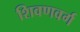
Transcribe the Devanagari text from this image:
शिवणवर्ग